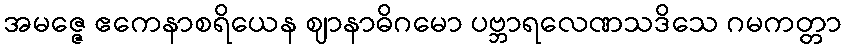
အမဇ္ဇေ ဧကေနာစရိယေန ဈာနာဓိဂမော ပဗ္ဘာရလေဏသဒိသေ ဂမကတ္တာ